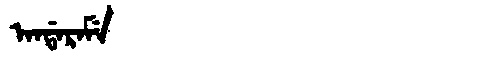
Manchu: ᠠᠨᡩᠠᡵᠠᠮᡝ
Romanization: ANDARAME